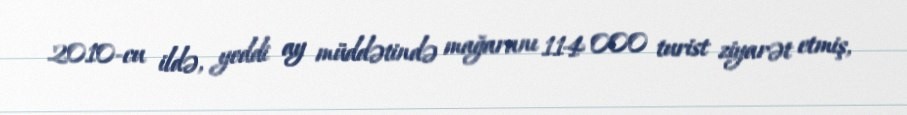
2010-cu ildə, yeddi ay müddətində mağaranı 114 000 turist ziyarət etmiş,